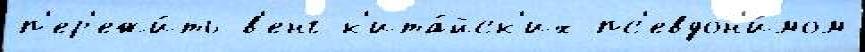
п'ер'ежи́ть в'енг к'ита́йск'их пс'евдон'и́мом